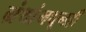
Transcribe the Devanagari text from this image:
ग्रंथांमधूनही